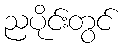
ညပိုင်းတွင်